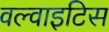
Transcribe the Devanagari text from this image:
वल्वाइटिस